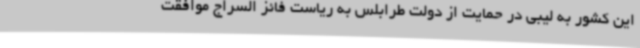
این کشور به لیبی در حمایت از دولت طرابلس به ریاست فائز السراج موافقت